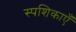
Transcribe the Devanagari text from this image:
स्पशिकाएँ